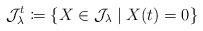
LaTeX: \begin{align*}\mathcal{J}_{\lambda}^t \coloneqq \{ X \in \mathcal{J}_{\lambda} \mid X(t) = 0 \}\end{align*}